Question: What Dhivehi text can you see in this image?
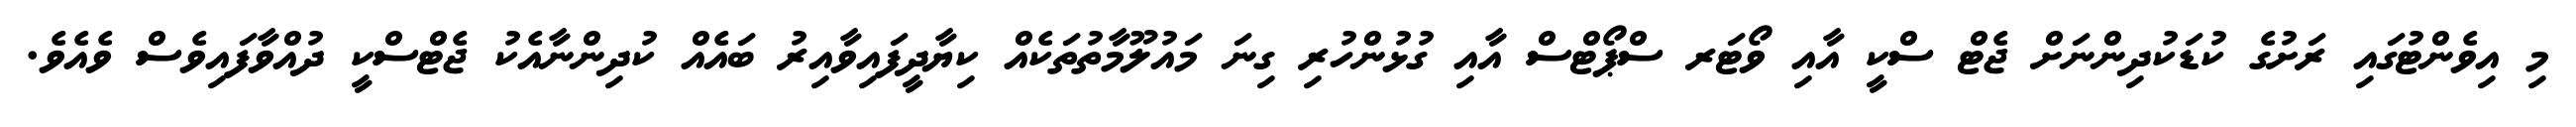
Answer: މި އިވެންޓުގައި ރަށުގެ ކުޑަކުދިންނަށް ޖެޓް ސްކީ އާއި ވޯޓަރ ސްޕޯޓްސް އާއި ގުޅުންހުރި ގިނަ މައުލޫމާތުތަކެއް ކިޔާދީފައިވާއިރު ބައެއް ކުދިންނާއެކު ޖެޓްސްކީ ދުއްވާފައިވެސް ވެއެވެ.